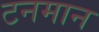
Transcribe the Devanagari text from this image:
टनमान